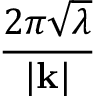
\frac { 2 \pi \sqrt { \lambda } } { | \mathbf { k } | }